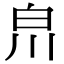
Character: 𤽃